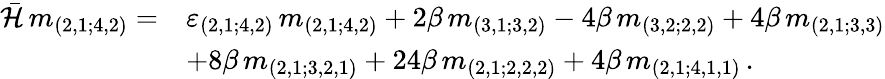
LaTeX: \begin{array}{rl}{{\bar{\cal{H}}\, m_{(2,1;4,2)}=}}&{{\varepsilon_{(2,1;4,2)}\, m_{(2,1;4,2)}+2\beta\, m_{(3,1;3,2)}-4\beta\, m_{(3,2;2,2)}+4\beta\, m_{(2,1;3,3)}}}\\ {{}}&{{+8\beta\, m_{(2,1;3,2,1)}+24\beta\, m_{(2,1;2,2,2)}+4\beta\, m_{(2,1;4,1,1)}\, .}}\end{array}